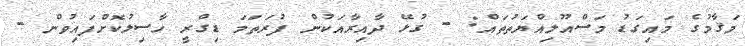
މަޤާމުގެ މައިގަޑު މަސްއޫލިއްޔަތުތައް: - ގުޅޭ ދާއިރާއަކުން ފުރަތަމަ ޑިގްރީ ހާސިލުކޮށްފައިވުން -